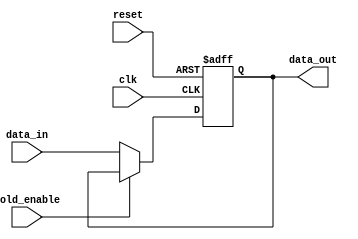
module hold_condition (
    input wire clk,              // Clock signal for synchronous behavior
    input wire reset,            // Reset signal to clear the held state
    input wire hold_enable,      // Control signal to enable/disable holding
    input wire [7:0] data_in,    // Data input signal (8-bit wide in this example)
    output reg [7:0] data_out     // Output signal (8-bit wide in this example)
);

// Define the initial value for data_out
parameter INITIAL_VALUE = 8'b00000000;

always @(posedge clk or posedge reset) begin
    if (reset) begin
        // On reset, set data_out to the initial value
        data_out <= INITIAL_VALUE;
    end else if (!hold_enable) begin
        // If hold_enable is deasserted, update data_out with data_in
        data_out <= data_in;
    end
    // If hold_enable is asserted, retain the current value of data_out
end

endmodule